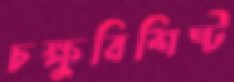
চক্ষুবিশিষ্ট